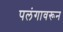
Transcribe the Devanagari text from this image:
पलंगावरून